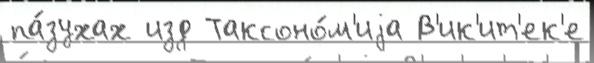
па́зухах изд Таксоно́м'иjа В'ик'ит'ек'е